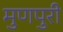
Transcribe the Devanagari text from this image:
मुणपुरी